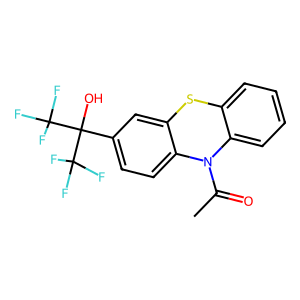
SMILES: CC(=O)N1c2ccccc2Sc2cc(C(O)(C(F)(F)F)C(F)(F)F)ccc21
Inhibits HIV replication: No